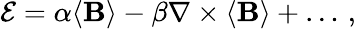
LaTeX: \begin{array}{r}{\mathbf{\mathcal{E}}=\alpha\langle\mathbf{B}\rangle-\beta\nabla\times\langle\mathbf{B}\rangle+\ldots\, ,}\end{array}